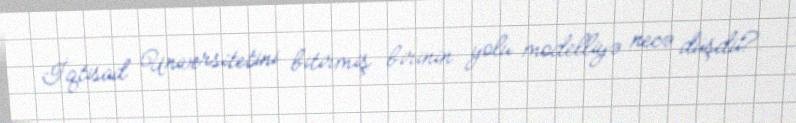
İqtisad Universitetini bitirmiş birinin yolu modelliyə necə düşdü?.